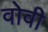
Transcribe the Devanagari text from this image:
वोवी